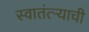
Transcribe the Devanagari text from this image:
स्वातंत्ऱ्याची